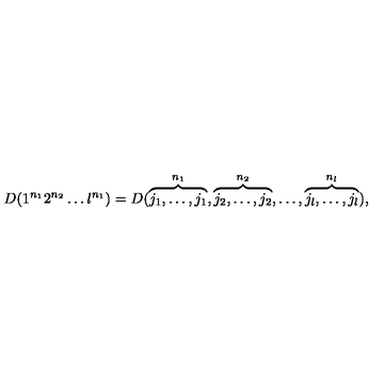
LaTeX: D ( 1 ^ { n _ { 1 } } 2 ^ { n _ { 2 } } \ldots l ^ { n _ { 1 } } ) = D ( \overbrace { j _ { 1 } , \ldots , j _ { 1 } } ^ { n _ { 1 } } , \overbrace { j _ { 2 } , \ldots , j _ { 2 } } ^ { n _ { 2 } } , \ldots , \overbrace { j _ { l } , \ldots , j _ { l } } ^ { n _ { l } } ) ,